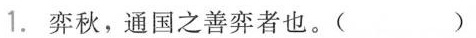
1.弈秋，通国之善弈者也。( )